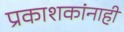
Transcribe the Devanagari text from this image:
प्रकाशकांनाही